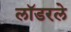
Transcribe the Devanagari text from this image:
लॉडरले